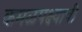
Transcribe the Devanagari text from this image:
कमळपक्ष्याची